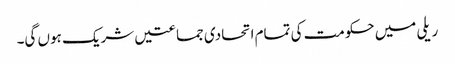
ریلی میں حکومت کی تمام اتحادی جماعتیں شریک ہوں گی۔